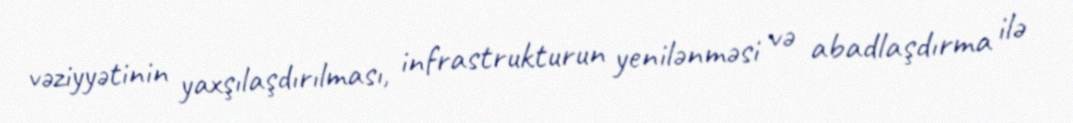
vəziyyətinin yaxşılaşdırılması, infrastrukturun yenilənməsi və abadlaşdırma ilə